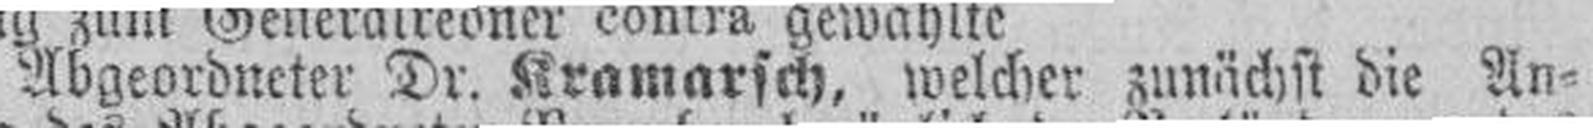
Abgeordneter Dr. Kramarsch, welcher zunächst die An¬